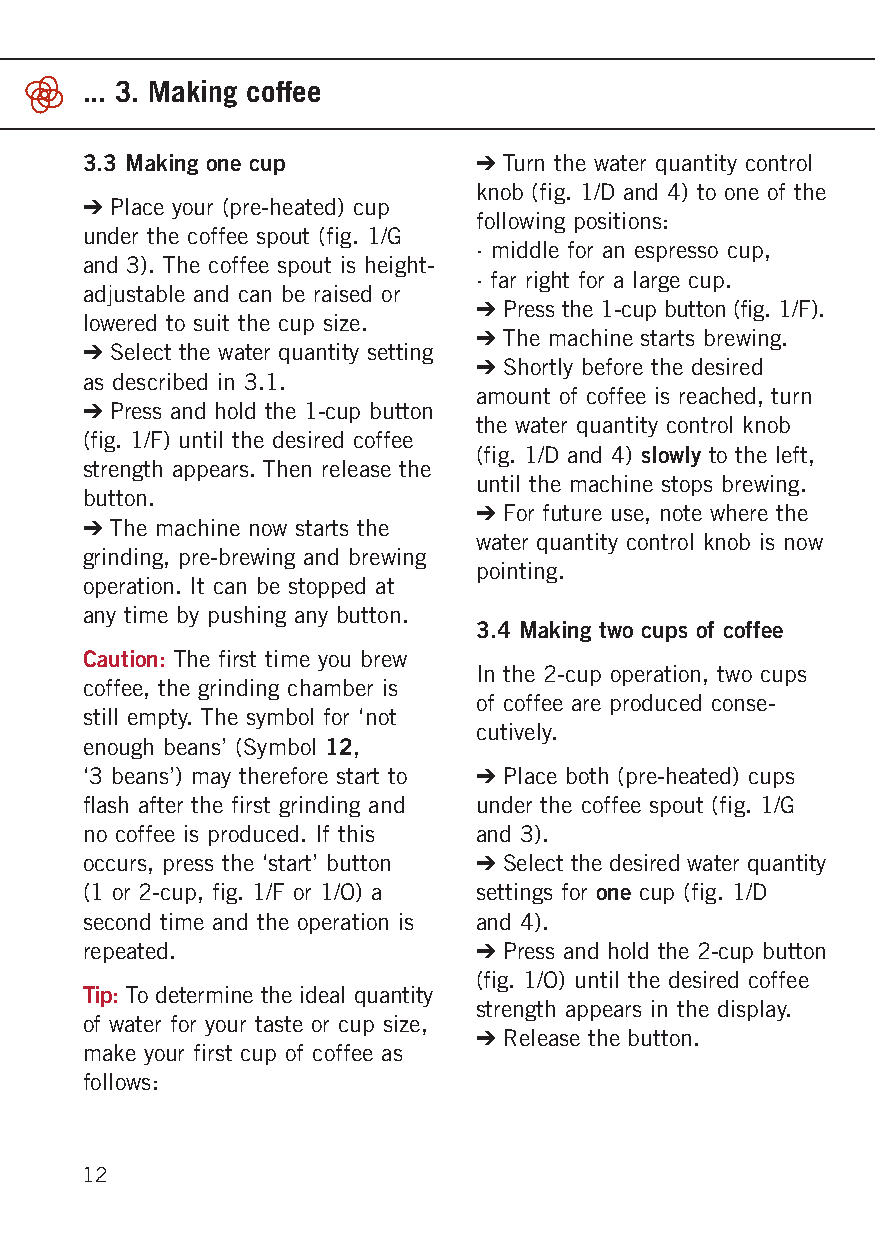
... 3. Making coffee
 3.3 Making one cup        ➔ Turn the water quantity control
 knob (fig. 1/D and 4) to one of the
 ➔ Place your (pre-heated) cup
 following positions:
 under the coffee spout (fig. 1/G
 · middle for an espresso cup,
 and 3). The coffee spout is height-
 · far right for a large cup.
 adjustable and can be raised or
 ➔ Press the 1-cup button (fig. 1/F).
 lowered to suit the cup size.
 ➔ The machine starts brewing.
 ➔ Select the water quantity setti ng
 ➔ Shortly before the desired
 as described in 3.1.
 amount of coffee is reached, turn
 ➔ Press and hold the 1-cup button
 the water quantity control knob
 (fig. 1/F) until the desired coffee
 (fig. 1/D and 4) slowly to the left,
 strength appears. Then release the
 until the machine stops brewing.
 button.
 ➔ For future use, note where the
 ➔ The machine now starts the
 water quantity control knob is now
 grinding, pre-brewing and brewing
 pointing.
 operation. It can be stopped at
 any time by pushing any button.
 3.4 Making two cups of coffee
 Caution: The first time you brew
 In the 2-cup operation, two cups
 coffee, the grinding chamber is
 of coffee are produced conse -
 still empty. The symbol for ‘not
 cutively.
 enough beans’ (Symbol 12,
 ‘3 beans’) may therefore start to ➔ Place both (pre-heated) cups
 flash after the first grinding and under the coffee spout (fig. 1/G
 no coffee is produced. If this and 3).
 occurs, press the ‘start’ button ➔ Select the desired water quanti ty
 (1 or 2-cup, fig. 1/F or 1/O) a settings for one cup (fig. 1/D
 second time and the operation is and 4).
 repeated.                 ➔ Press and hold the 2-cup button
 (fig. 1/O) until the desired coffee
 Tip: To determine the ideal quantity
 strength appears in the display.
 of water for your taste or cup size,
 ➔ Release the button.
 make your first cup of coffee as
 follows:
 12